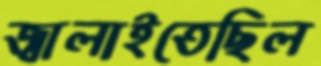
জ্বালাইতেছিল